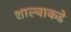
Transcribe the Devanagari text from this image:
शाल्वाकडे